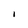
Character: I